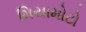
મિયામોટો